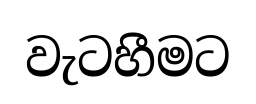
වැටහීමට